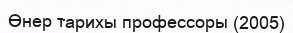
Өнер тарихы профессоры (2005)